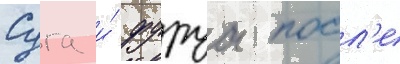
Суга и́ фуруа посл'е